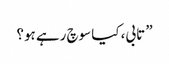
” تابی، کیا سوچ رہے ہو؟